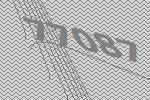
77087